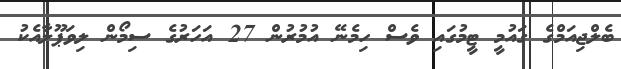
ބެލްޖިއަމްގެ ގައުމީ ޓީމުގައި ވެސް ހިމެނޭ އުމުރުން 27 އަހަރުގެ ސިމޯން ލިވަޕޫލާއެކު